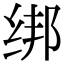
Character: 绑